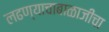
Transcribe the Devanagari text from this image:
लढण्याचाबाळाजींचा